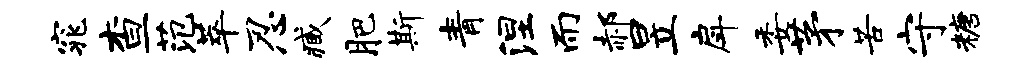
窕查范萃忍臧肥斯青涅而郝昱戽委茅苦守糖